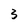
Character: 3